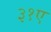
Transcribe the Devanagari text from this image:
३१ए